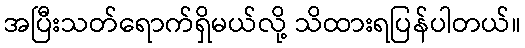
အပြီးသတ်ရောက်ရှိမယ်လို့ သိထားရပြန်ပါတယ်။